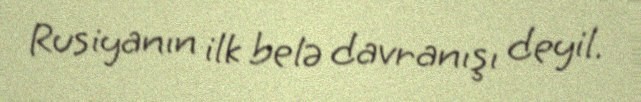
Rusiyanın ilk belə davranışı deyil.